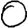
Digit: 0